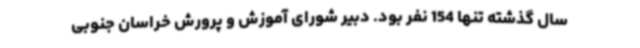
سال گذشته تنها 154 نفر بود. دبیر شورای آموزش و پرورش خراسان جنوبی